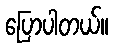
ပြောပါတယ်။